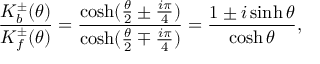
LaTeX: \frac { K _ { b } ^ { \pm } ( \theta ) } { K _ { f } ^ { \pm } ( \theta ) } = \frac { \cosh ( \frac { \theta } { 2 } \pm \frac { i \pi } { 4 } ) } { \cosh ( \frac { \theta } { 2 } \mp \frac { i \pi } { 4 } ) } = \frac { 1 \pm i \sinh \theta } { \cosh \theta } ,